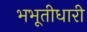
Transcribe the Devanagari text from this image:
भभूतीधारी